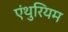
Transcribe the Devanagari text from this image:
एंथुरियम